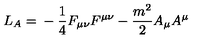
L _ { A } = \mathrm { } - \frac { 1 } { 4 } F _ { \mu \nu } F ^ { \mu \nu } - \frac { m ^ { 2 } } { 2 } A _ { \mu } A ^ { \mu }